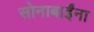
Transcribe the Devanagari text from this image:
सोनाबाईंना